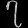
Digit: ၇